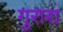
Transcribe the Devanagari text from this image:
गुरारा